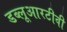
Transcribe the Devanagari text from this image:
डब्लूआरटीवी